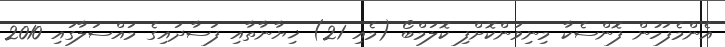
އެންމެފަހުން ފޮންސެކާ މިނިވަންކޮށްފި ކޮލަމްބޯ (މެއި 21) ޚިޔާނާތާއި ފަސާދައިގެ މައްސަލާގައި 2010